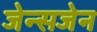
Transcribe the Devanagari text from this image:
जेन्सजेन